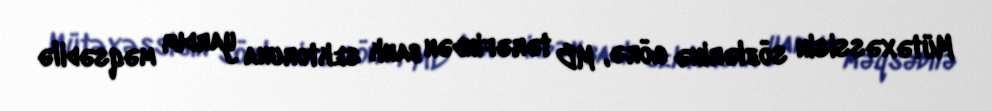
Mütəxəssisin sözlərinə görə, MB tərəfindən bank sektoruna yardım məqsədilə